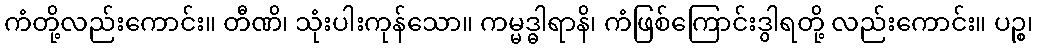
ကံတို့လည်းကောင်း။ တီဏိ၊ သုံးပါးကုန်သော။ ကမ္မဒ္ဓါရာနိ၊ ကံဖြစ်ကြောင်းဒွါရတို့ လည်းကောင်း။ ပဉ္စ၊